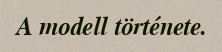
A modell története.